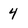
Character: 4